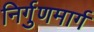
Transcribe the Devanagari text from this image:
निर्गुणमार्ग